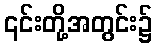
၎င်းတို့အတွင်း၌